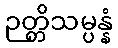
ဉတ္တိသမ္ပန္နံ